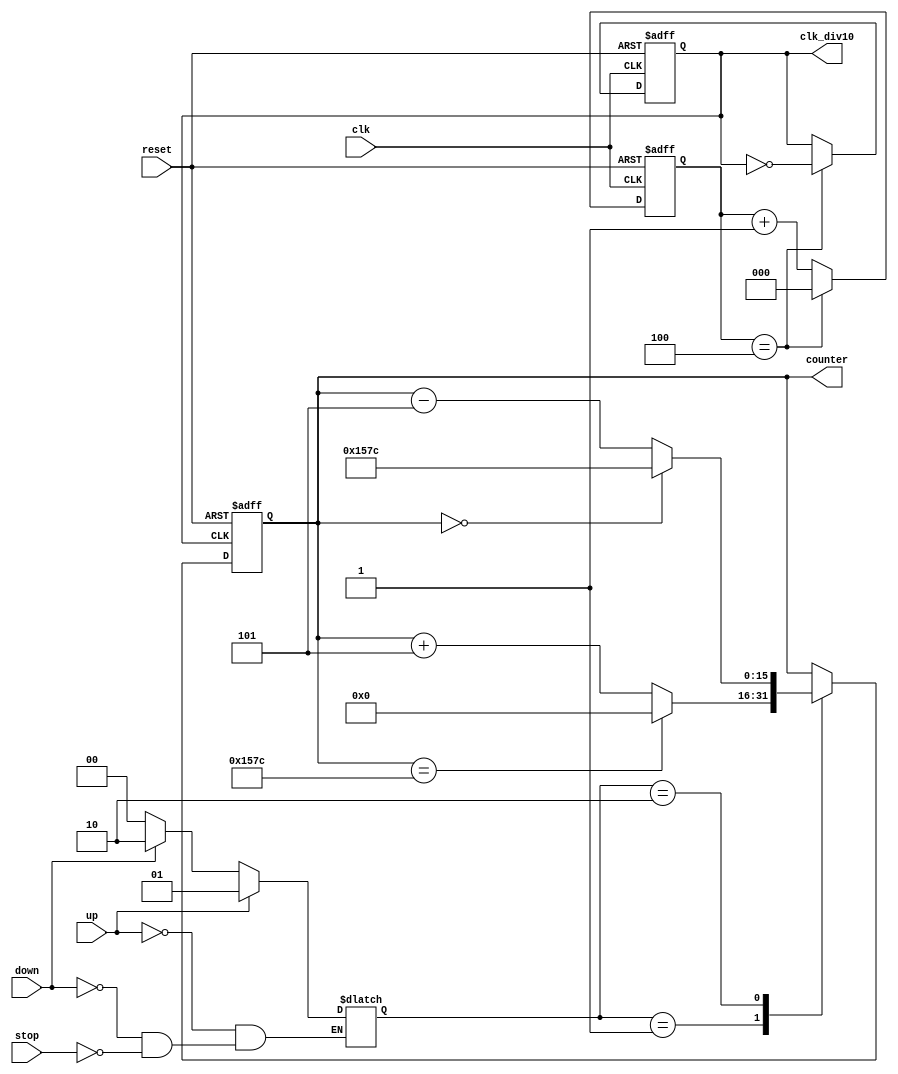
/**
    *** Implement an up and down counter which fulfils requirements including:
        - speed: 1 Hz, range: [5500:0], default value: 3550, step up/down: 5
        - clock input 10 Hz and high active reset 
        - high active buttons: up, down, stop
**/

module up_down_counter
#(
    parameter   INITIAL_VALUE   =   3550,   // the assigned value when pressing reset button 
    parameter   MIN_VALUE       =   0,      // lowest limit
    parameter   MAX_VALUE       =   5500,   // highest limit
    parameter   STEP            =   5       // up or down count step
)
(
    input   wire        clk,        // clock
    input   wire        reset,      // reset active high
    
    // active high buttons
    input   wire        up,         // count up 
    input   wire        down,       // count down
    input   wire        stop,       // stop count 
    
    output  reg         clk_div10,  // clock frequency divided by 10
    output  reg [15:0]  counter     // counter 
);

// Save the latest chosen counting mode 
reg [1:0]   counter_mode;

localparam  COUNT_STOP    =   2'b00;
localparam  COUNT_UP      =   2'b01;
localparam  COUNT_DOWN    =   2'b10;

always @*
begin 
    if ( up )
        counter_mode <= COUNT_UP;
    else if ( down )
        counter_mode <= COUNT_DOWN;
    else if ( stop )
        counter_mode <= COUNT_STOP;
end 

/*
    ** Clock input is 10 Hz while counting speed is 1 Hz
    ** Below is a frequency divider 
*/
reg [2:0]   adder_value;            // adder for diving clock frequency
localparam  MAX_COUNTER =   5;      // max value to reset adder_value 

always @( posedge clk, posedge reset )
begin 
    if ( reset ) begin 
        clk_div10 <= 0;
        adder_value <= 0;
    end 
    else if ( adder_value == MAX_COUNTER - 1 ) begin 
        clk_div10 <= ~clk_div10;
        adder_value <= 0;
    end 
    else
        adder_value <= adder_value + 1;
end 

// Implement the counter according to the requirements at the top
always @( posedge clk_div10, posedge reset )
begin 
    if ( reset )
        counter <= INITIAL_VALUE;
    else begin 
        case ( counter_mode ) 
            COUNT_UP:     counter <= ( counter == MAX_VALUE ) ? MIN_VALUE : ( counter + STEP );
            COUNT_DOWN:   counter <= ( counter == MIN_VALUE ) ? MAX_VALUE : ( counter - STEP );
            default:      counter <= counter;
        endcase
    end
end

endmodule